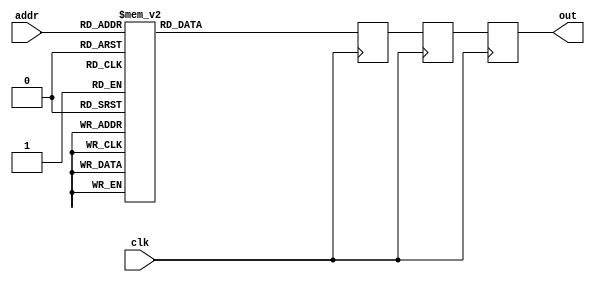
module D2_32101(addr, out, clk);
   input clk;
   output [15:0] out;
   reg [15:0] out, out2, out3;
   input [4:0] addr;
   always @(posedge clk) begin
      out2 <= out3;
      out <= out2;
   case(addr)
      0: out3 <= 16'h4000;
      1: out3 <= 16'h3fb1;
      2: out3 <= 16'h3ec5;
      3: out3 <= 16'h3d3f;
      4: out3 <= 16'h3b21;
      5: out3 <= 16'h3871;
      6: out3 <= 16'h3537;
      7: out3 <= 16'h3179;
      8: out3 <= 16'h2d41;
      9: out3 <= 16'h289a;
      10: out3 <= 16'h238e;
      11: out3 <= 16'h1e2b;
      12: out3 <= 16'h187e;
      13: out3 <= 16'h1294;
      14: out3 <= 16'hc7c;
      15: out3 <= 16'h646;
      16: out3 <= 16'h0;
      17: out3 <= 16'hf9ba;
      18: out3 <= 16'hf384;
      19: out3 <= 16'hed6c;
      20: out3 <= 16'he782;
      21: out3 <= 16'he1d5;
      22: out3 <= 16'hdc72;
      23: out3 <= 16'hd766;
      24: out3 <= 16'hd2bf;
      25: out3 <= 16'hce87;
      26: out3 <= 16'hcac9;
      27: out3 <= 16'hc78f;
      28: out3 <= 16'hc4df;
      29: out3 <= 16'hc2c1;
      30: out3 <= 16'hc13b;
      31: out3 <= 16'hc04f;
      default: out3 <= 0;
   endcase
   end
endmodule